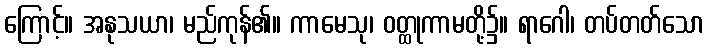
ကြောင့်။ အနုသယာ၊ မည်ကုန်၏။ ကာမေသု၊ ဝတ္ထုကာမတို့၌။ ရာဂေါ၊ တပ်တတ်သော